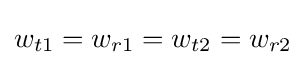
w_{t1}=w_{r1}=w_{t2}=w_{r2}